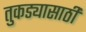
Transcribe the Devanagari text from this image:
तुकड्यासाठी